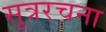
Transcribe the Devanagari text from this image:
सूत्ररचना